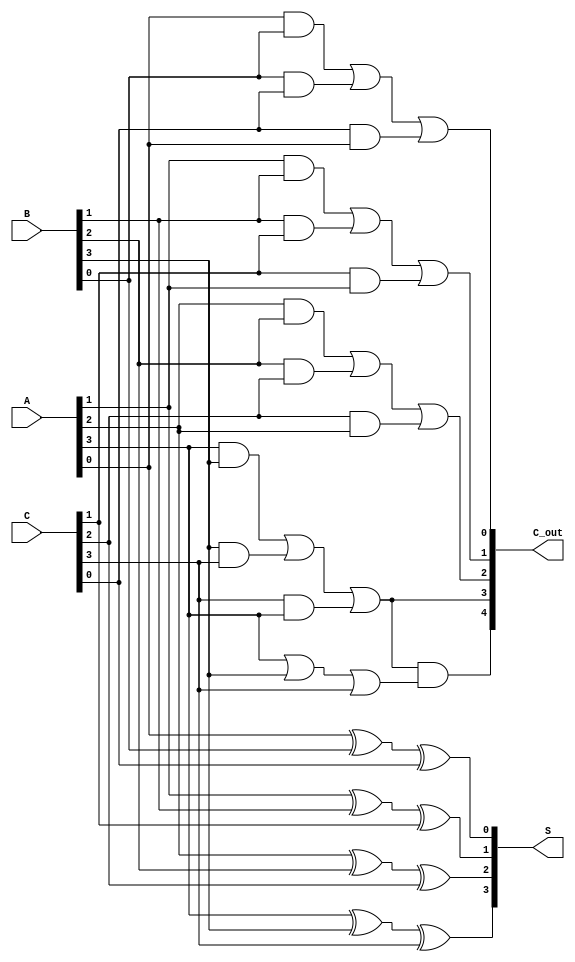
module carry_save_adder #(parameter N = 4) (
    input  wire [N-1:0] A, // First input
    input  wire [N-1:0] B, // Second input
    input  wire [N-1:0] C, // Third input
    output wire [N-1:0] S, // Sum output
    output wire [N:0] C_out // Carry output (N+1 bits for overflow)
);

// Internal wires for sum and carry
wire [N-1:0] S_temp; // Temporary sum outputs
wire [N-1:0] C_temp; // Temporary carry outputs

// Generate full adders for each bit
genvar i;
generate
    for (i = 0; i < N; i = i + 1) begin : full_adder
        // Full adder for each bit
        wire a = (i < N) ? A[i] : 1'b0;
        wire b = (i < N) ? B[i] : 1'b0;
        wire c = (i < N) ? C[i] : 1'b0;

        // Sum and carry outputs for this bit
        assign S_temp[i] = a ^ b ^ c; // Sum = A XOR B XOR C
        assign C_temp[i] = (a & b) | (b & c) | (c & a); // Carry = (A AND B) OR (B AND C) OR (C AND A)
    end
endgenerate

// Final carry output
assign C_out[N-1:0] = C_temp; // Carry bits from the last stage
assign C_out[N] = C_temp[N-1] & (A[N-1] | B[N-1] | C[N-1]); // Overflow bit

// Final sum output
assign S = S_temp;

endmodule